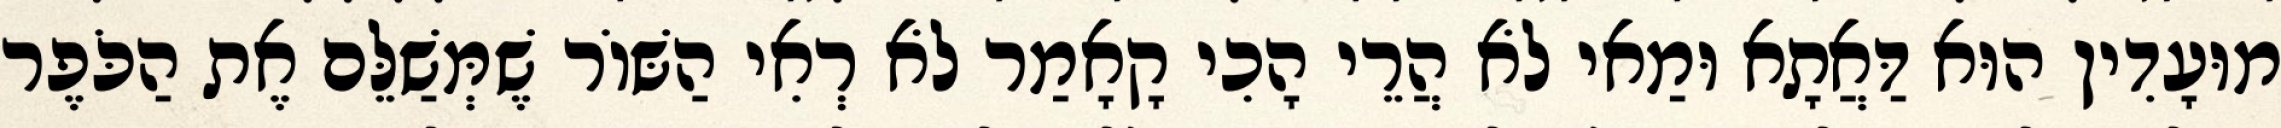
מוּעָדִין הוּא דַּאֲתָא וּמַאי לֹא הֲרֵי הָכִי קָאָמַר לֹא רְאִי הַשּׁוֹר שֶׁמְּשַׁלֵּם אֶת הַכֹּפֶר